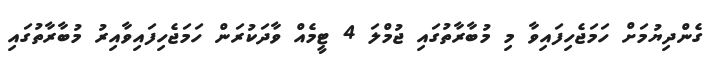
ގެންދިޔުމަށް ހަމަޖެހިފައިވާ މި މުބާރާތުގައި ޖުމްލަ 4 ޓީމެއް ވާދަކުރަން ހަމަޖެހިފައިވާއިރު މުބާރާތުގައި